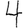
Digit: 4